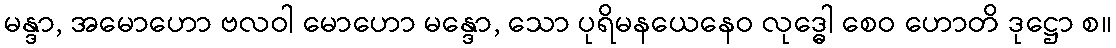
မန္ဒာ, အမောဟော ဗလဝါ မောဟော မန္ဒော, သော ပုရိမနယေနေဝ လုဒ္ဓေါ စေဝ ဟောတိ ဒုဋ္ဌော စ။